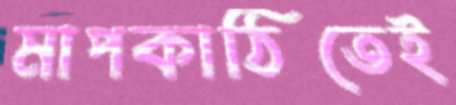
মাপকাঠিতেই